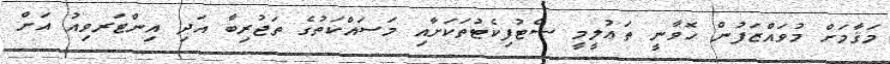
މަޤާމަށް މުވައްޒަފުން ހޮވާނީ ތަޢުލީމީ ސެޓުފިކެޓުތަކަށާއި މަސައްކަތުގެ ތަޖުރިބާ އަދި އިންޓަރވިއު އަށް